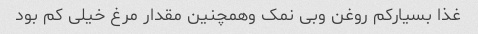
غذا بسیارکم روغن وبی نمک وهمچنین مقدار مرغ خیلی کم بود